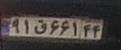
۹۱ق۶۶۱۴۴